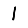
Digit: 1